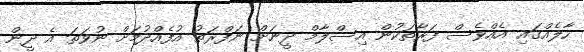
ހާލެއްގައި އެއްވެސް ފަރާތަކުން އިސްލާމް ދީނަށް ނަފްރަތު އުފެއްދުމަށް ނުވަތަ އެ ދީން